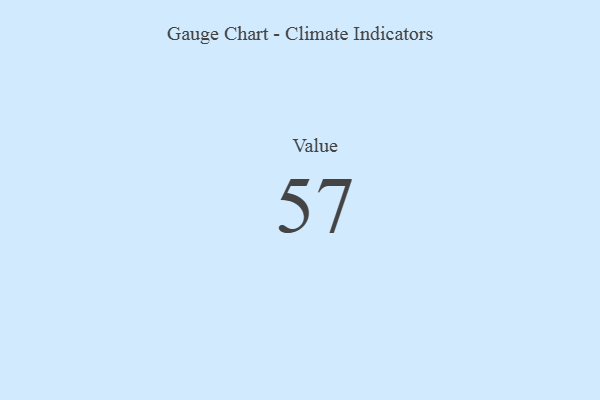
{"axis": {"x": "Metric", "y": "Value"}, "legend": [""], "data": [{"x": "Value", "y": 57, "type": ""}]}